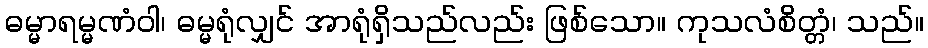
ဓမ္မာရမ္မဏံဝါ၊ ဓမ္မရုံလျှင် အာရုံရှိသည်လည်း ဖြစ်သော။ ကုသလံစိတ္တံ၊ သည်။